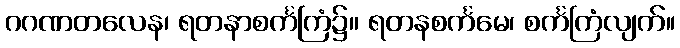
ဂဂဏတလေန၊ ရတနာစင်္ကကြံ၌။ ရတနစင်္ကမေ၊ စင်္ကကြံလျက်။